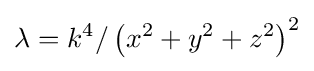
\lambda =k^{4}/\left(x^{2}+y^{2}+z^{2}\right)^{2}